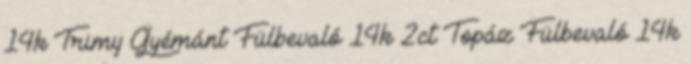
14k Trimy Gyémánt Fülbevaló 14k 2ct Topáz Fülbevaló 14k